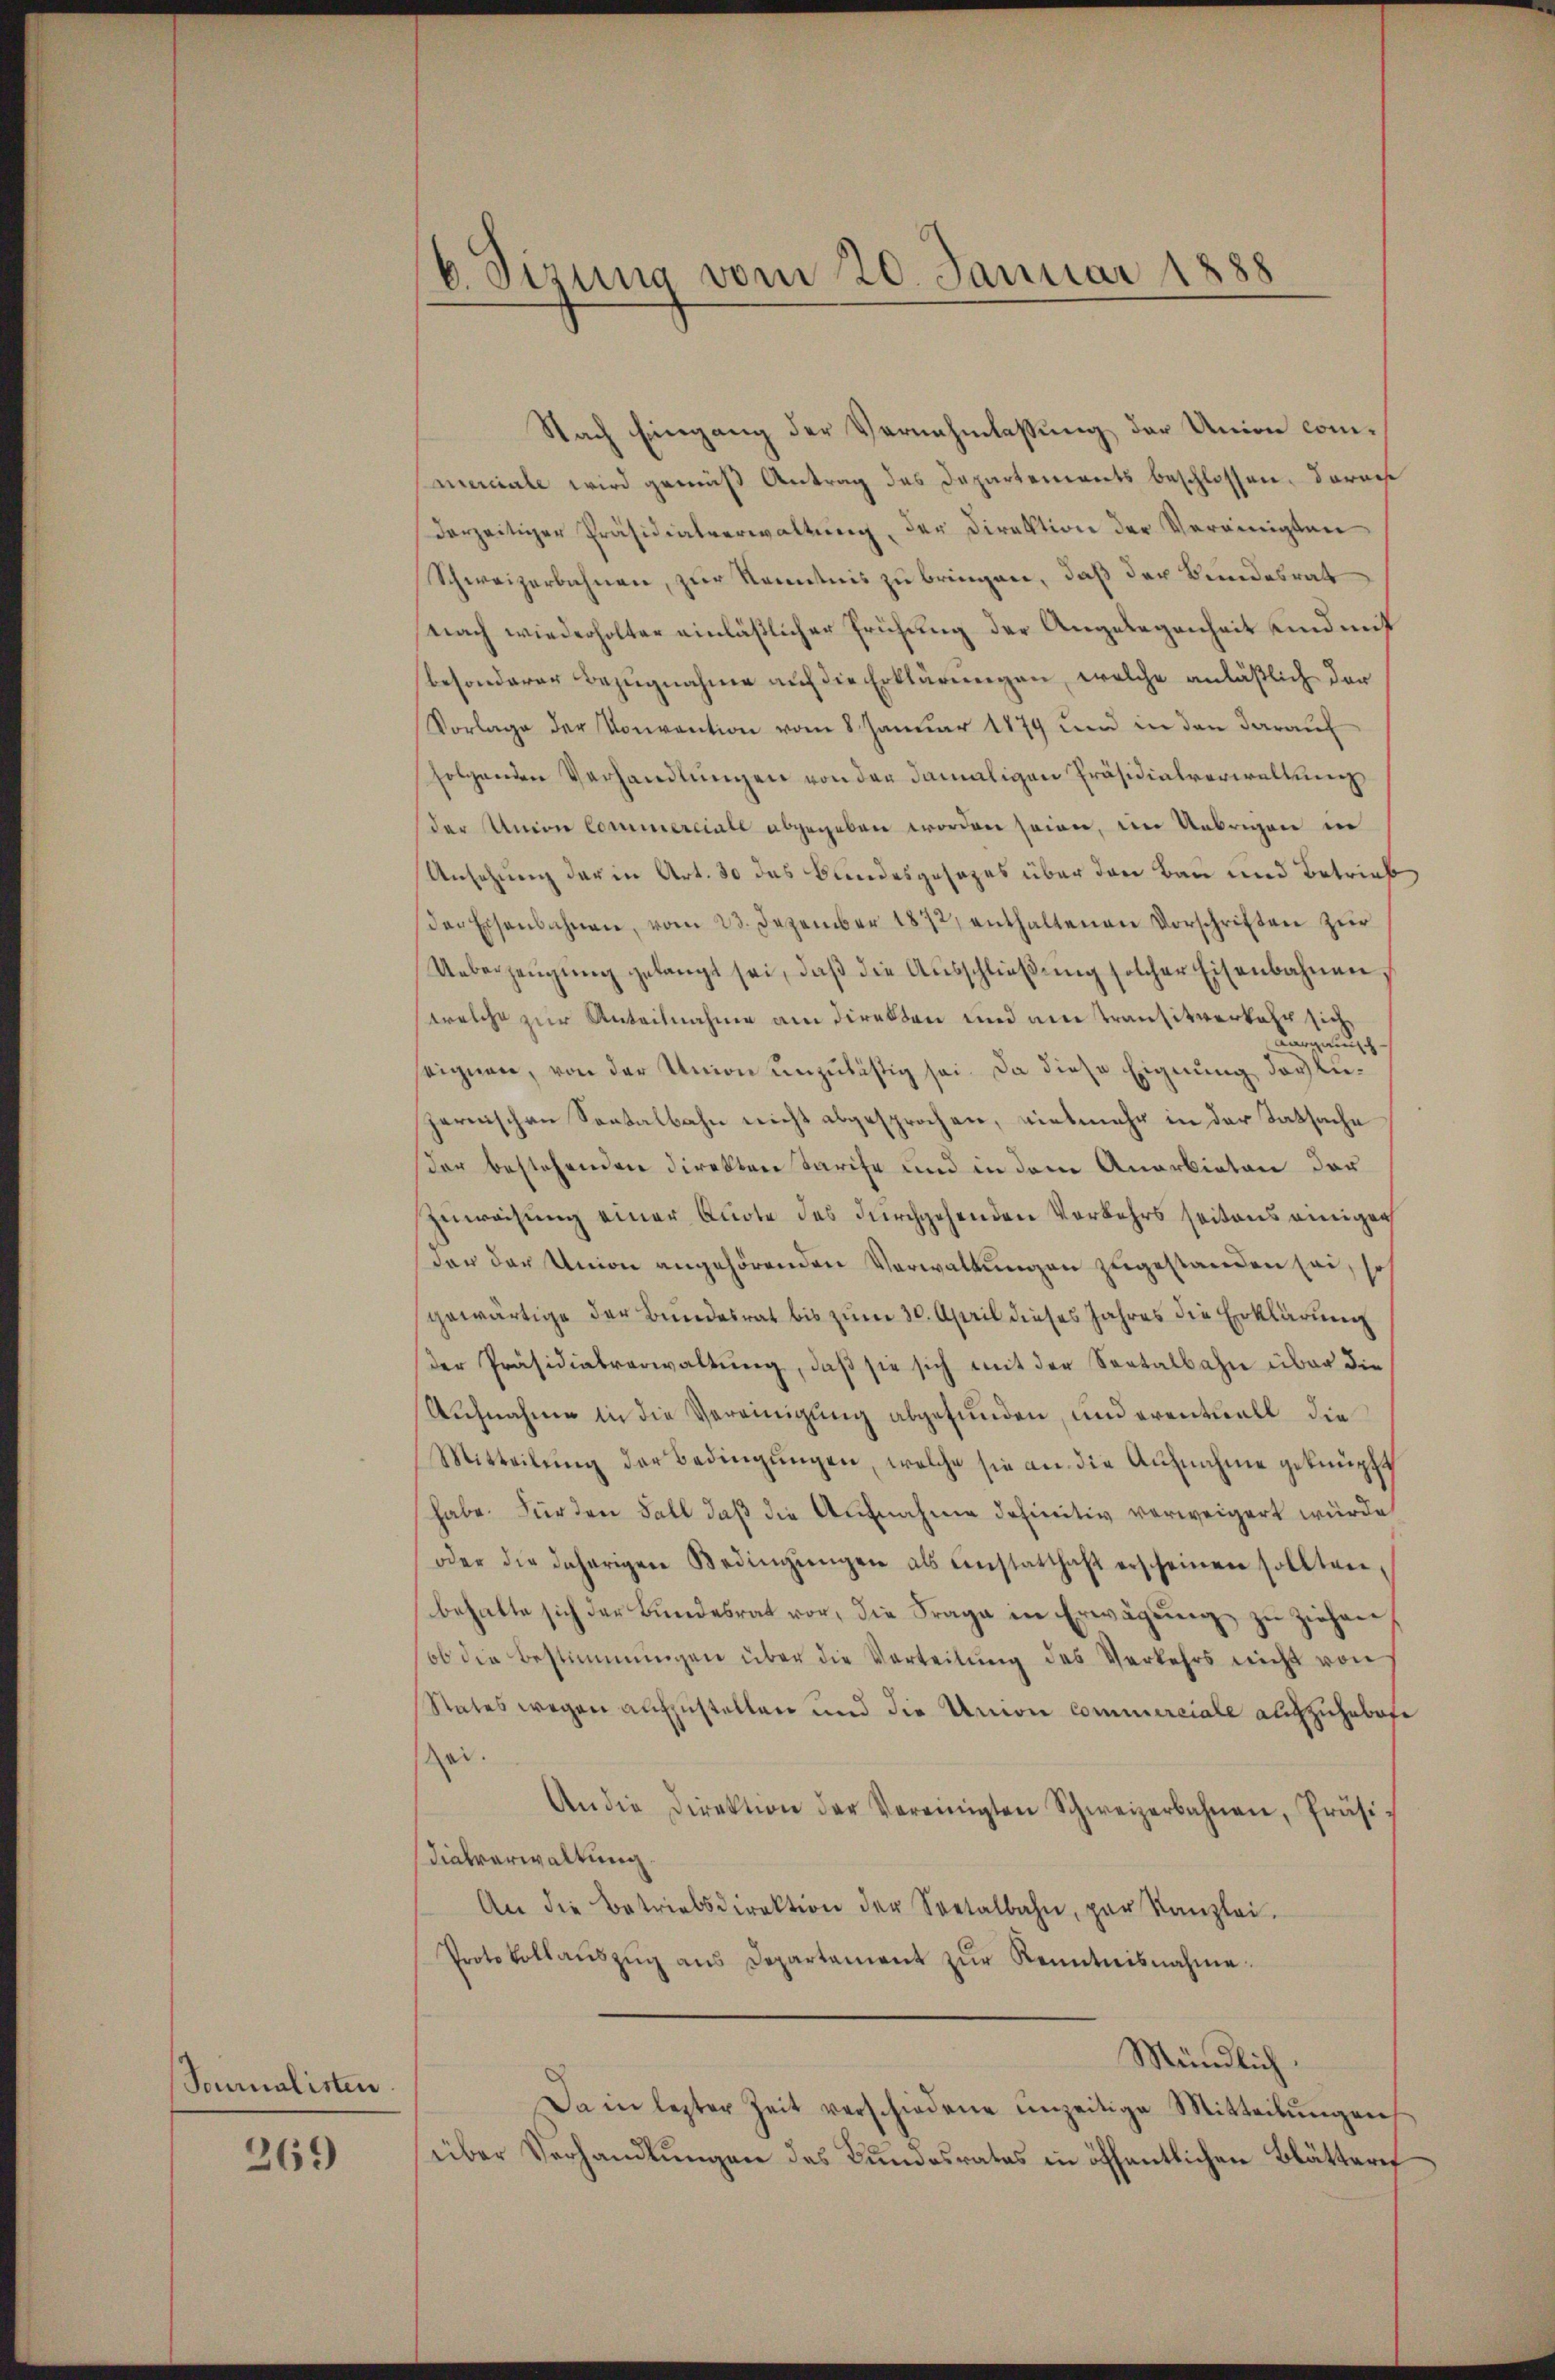
Sournalisten

269

6. Sizung vom 20. Januar 1888

Nach Eingang der Vernehmlassung der Union commerciale wird gemäß Antrag des Departements beschlossen. Aarau
dorzeitiger Präsidialverwaltung, der Direktion der Vereinigten
Schweizerbahnen, zur Kenntnis zu bringen, daß der Bundesrat
nach wiederholter einläßlicher Prühung der Angelegenheit sind mit
besonderer Bezugnahme auf die Erklärungen, welche anläßlich der
Vorlage der Konvention vom 8. Januar 1879 und in den darauf
folgenden Verhandlungen von der damaligen Präsidialverwaltung
der Union Commerciale abgegeben worden seien, im Uebrigen in
Ansehung der in Art. 30 das Bundesgesezes über den Bau und Betrieb
(der Eisenbahnen, vom 23. Dezember 1872, enthaltenen Vorschriften zŭr
Ueberzeugung gelangt sei, daß die Ausschließung solcher Eisenbahnen
welche zur Anteilnahme am direkten und am transitverkehr sie
Langenug
seignen, von der Union unzulästig sei. Da diese Eignung daglijernischen Sontalbahn nicht abgesprochen, vielmehr in der Tatsache
der bestehenden Direkten Tarife und in dem Anerbieten der
Zuweisung einer Auote des durchgehenden Vorkehrs seitens einigen
der der Union angehörenden Verwaltungen zugestanden sei, so
gewärtige der Bundesrat bis zum 30. April dieses Jahres die Erklärung
der Präsidialverwaltŭng, daβ sie sich mit der Seetalbahn über die
Aufnahme in die Vereinigung abgefunden, und eventuell die
Mitteilŭng der Bedingŭngen, welche sie an die Aufnahme geknüpft
habe. Für den Fall daß die Aufnahme definitiv verweigert würde
oder die daherigen Bedingŭngen als einstatthaft erscheinen sollten,
behalte sich der Bŭndesrat vor, die Frage in Erwägŭng zŭ ziehen
ob die Bestimmungen über die Verteilŭng des Verkehrs nicht von
Rates wegen aufzustellen und die Union commerciale aufzuhebete
Zei.
An die Direktion der Vereinigten Schweizerbahnen, Präsi-
dialverwaltung
An die Betriebsdirektion der Spetalbahn, par Kanzlei.
Protokollaŭszŭg ans Departament zŭr Kenntnisnahme
Mündlich.
Da in lezter Zeit verschiedene unzeitige Mitteilungen
über Verhandlungen des Bundesrates in öffentlichen Blättere